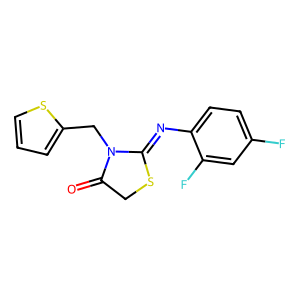
SMILES: O=C1CSC(=Nc2ccc(F)cc2F)N1Cc1cccs1
Inhibits HIV replication: No